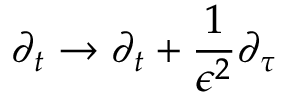
\partial _ { t } \rightarrow \partial _ { t } + \frac { 1 } { \epsilon ^ { 2 } } \partial _ { \tau }